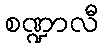
စဏ္ဍာလီ